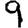
Digit: 9